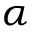
\alpha